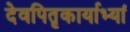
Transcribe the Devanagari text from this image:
देवपितृकार्याभ्यां